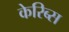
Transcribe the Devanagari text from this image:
केरिब्स